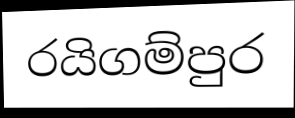
රයිගම්පුර